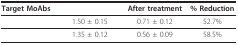
<table><thead><tr><td><b>Target MoAbs</b></td><td>[EMPTY_CELL]</td><td><b>After treatment</b></td><td><b>% Reduction</b></td></tr></thead><tbody><tr><td>[EMPTY_CELL]</td><td>1.50 ± 0.15</td><td>0.71 ± 0.12</td><td>52.7%</td></tr><tr><td>[EMPTY_CELL]</td><td>1.35 ± 0.12</td><td>0.56 ± 0.09</td><td>58.5%</td></tr></tbody></table>